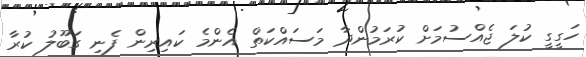
ހަގީގީ ކުލަ ޖެއްސުމަށް ކުރަމުންދާ މަސައްކަތް އެންމެ ކައިރިން ފެނި ގަބޫލު ކުރާ